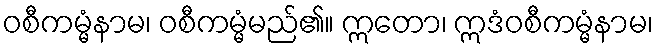
ဝစီကမ္မံနာမ၊ ဝစီကမ္မံမည်၏။ ဣတော၊ ဣဒံဝစီကမ္မံနာမ၊